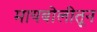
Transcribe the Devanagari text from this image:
मायबोलीतून